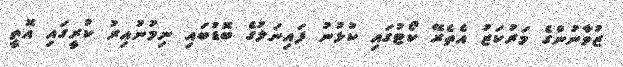
ޒުވާނުންގެ މަރުކަޒު އެތެރޭ ކޯޓުގައި ކުޅުނު ފައިނަލުގެ ބޮޑުބައި ނިމުނުއިރު ކުރީގައި އޮތީ